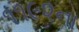
૧૧૯૨ના